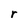
Character: r